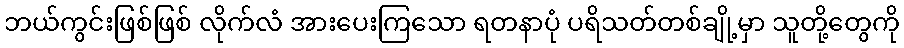
ဘယ်ကွင်းဖြစ်ဖြစ် လိုက်လံ အားပေးကြသော ရတနာပုံ ပရိသတ်တစ်ချို့မှာ သူတို့တွေကို